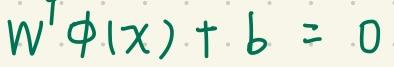
$W^T\phi(x)+b = 0$